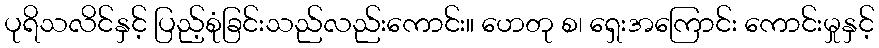
ပုရိသလိင်နှင့် ပြည့်စုံခြင်းသည်လည်းကောင်း။ ဟေတု စ၊ ရှေးအကြောင်း ကောင်းမှုနှင့်